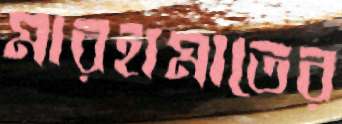
মারহামাতের